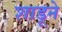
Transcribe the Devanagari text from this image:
शाडूने